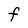
Character: F